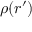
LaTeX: \rho ( { \boldsymbol { r } } ^ { \prime } )